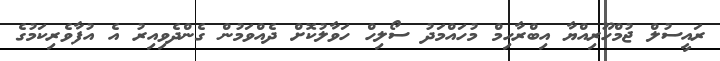
ރައީސުލް ޖުމްހޫރިއްޔާ އިބްރާހިމް މުހައްމަދު ސޯލިހް ހަވާލުކޮށް ދެއްވަމުން ގެންދެވިއިރު އެ އުފާވެރިކަމުގެ